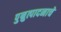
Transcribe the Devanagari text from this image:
पुन्रुत्पादनाचे